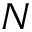
N